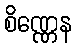
စိဏ္ဏေန